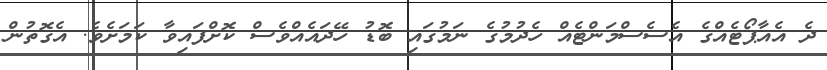
ދެ އެއާޕޯޓެއްގެ އެސެސްމަންޓެއް ހެދުމުގެ ނަމުގައި ބޮޑު ހޭދައެއްވެސް ކޮށްފައިވާ ކަމަށެވެ. އެގޮތުން